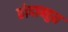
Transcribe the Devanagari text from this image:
होदाबहुत